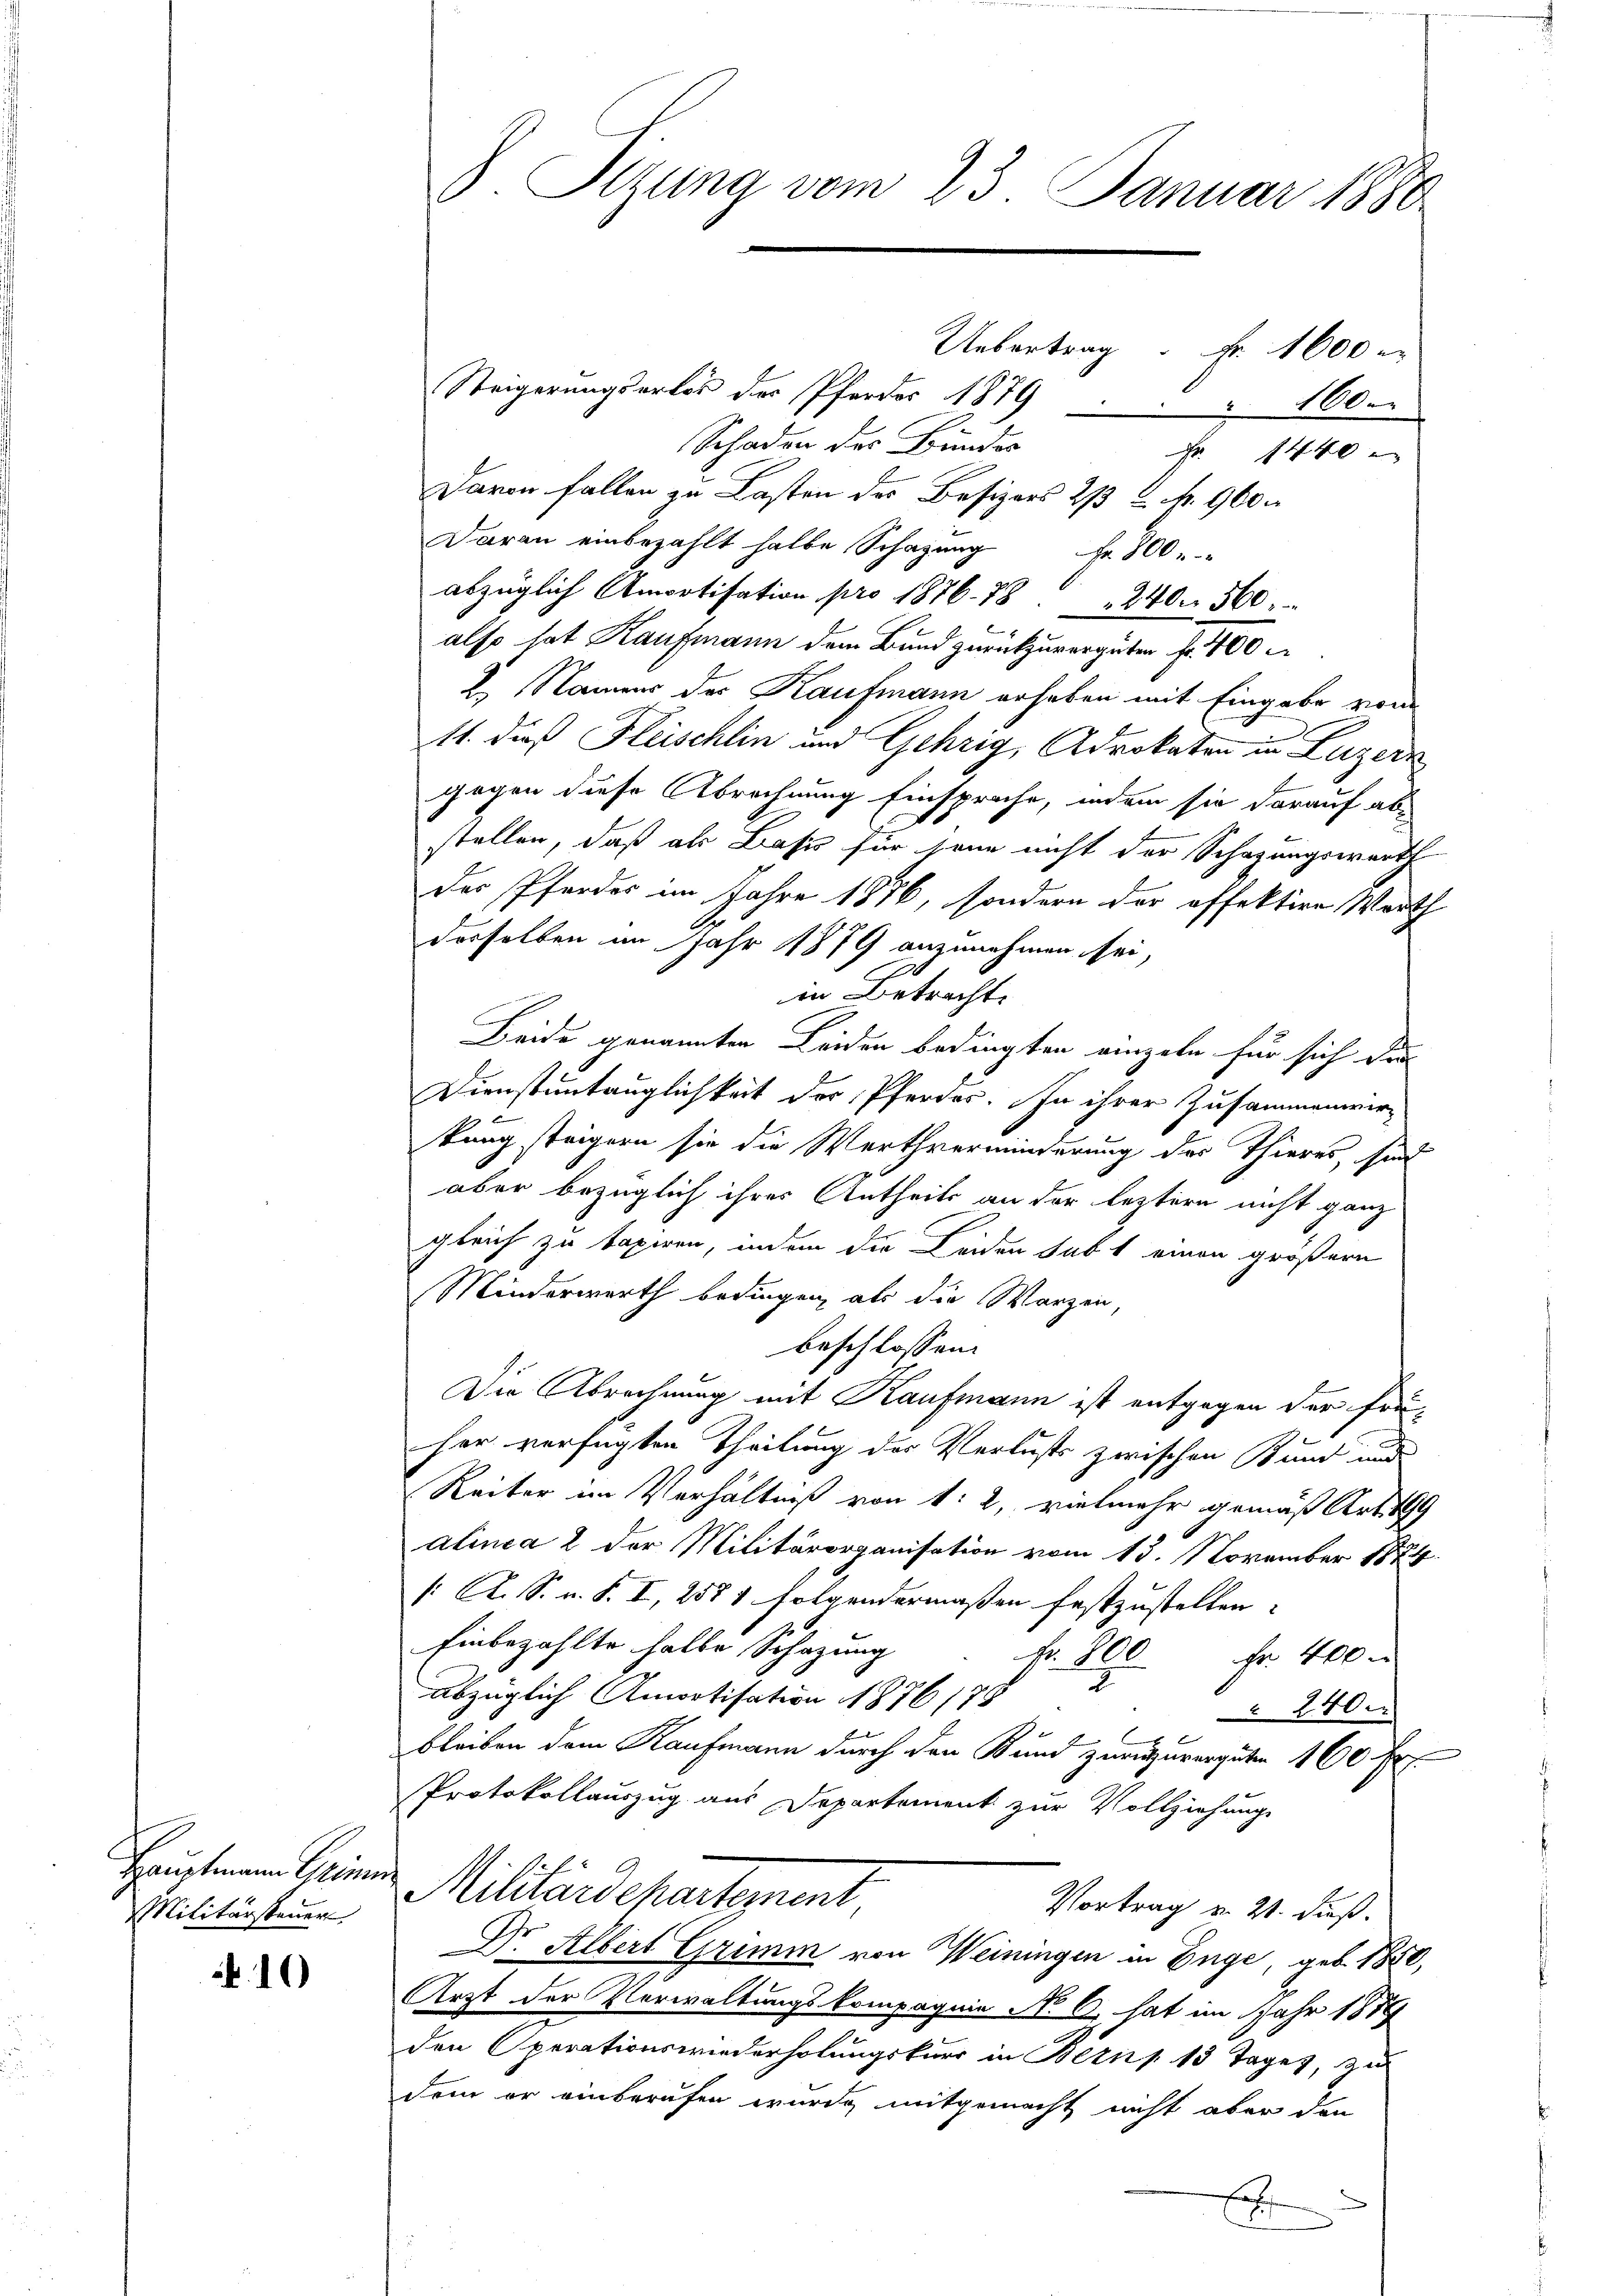
Militärsteuer

.10)

Uebertrag Fr. 1600 e
Steigerungsartes des Pferdes 1879 " 100.
Schade des Bundes Fr. 1440
Davon fallen zu Lasten des Besizers 2/3 Z. 960.
Daran einbezahlt halbe Schazung Fr. 800
abzüglich Amortisation pro 1876. 78. 240. 560.
also hat Kaufmann dem Bund zurückzuvergüten fr. 170
I. Namens der Kaufmann erheben mit Eingabe vom
11. daß Fleischlin und Gehrig, Advokaten in Luzern
gegen diese Abrechnung Einsprache, indem sie darauf ab
stellen, daß als Basis für seine nicht der Schazungswertl
der Pferdes im Jahre 1876, sondern der offektire Worth
derselben im Jahr 1879 anzunehmen sei,
in Betracht.
Beide genannten Leiden bedingten einzeln für sich das
Dienstuntauglichkeit der Pferder. In ihrer Zusammenwir-
kung steigern sie die Werthverminderung des Thieres, sind
aber bezüglich ihres Antheils an der leztern nicht ganz
gleich zu taxiren, indem die Leiden subt einen größere
Minderwerth bedingen, als die Warzen,
beschlossen:
Die Abrechnung mit Kaufmann ist entgegen der frü-
her verfügten Theilung der Verlusts zwischen Bund und
Reiter im Verhältniß von d. 2, vielmehr gemäß Art. 199
alinea 2 der Militärorganisation vom 13. November 1844.
/: A. S. v. S. I, 2581 folgendermaßen festzustellen.
Einbezahlte halbe Schazung
fr. 800
Fr. 400 m
2
abzüglich Amortisation 1876 178
240.
bleiben dem Kaufmann durch den Kund zuruzurerguten 100 fr.
Protokollauszug aus Departement zur Vollziehung
Hat ein Militärdepartement
Vortrag v. 21. Fuß.
Dr. Albert Grimm von Weiningen in Enge, geb. 1850,
Arzt der Verwaltungskompagnie N. C. hat im Jahr 1889
den Operationswiederholungskurs in Bern § 13 Tages, zu
dem er einberufen wurde, mitgemacht nicht aber den
f
.

8. Sitzung vom 23. Januar 1880